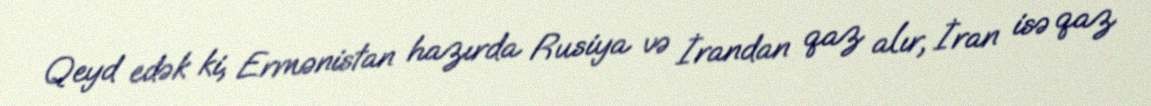
Qeyd edək ki, Ermənistan hazırda Rusiya və İrandan qaz alır, İran isə qaz